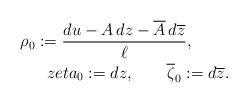
LaTeX: \begin{align*} \rho_0 :=\frac{du-A\,dz-\overline{A}\,d\overline{z}}{\ell},\ \ \ \ \ \ \ \\zeta_0 := dz,\ \ \ \ \ \ \overline{\zeta}_0 := d\overline{z}.\end{align*}